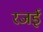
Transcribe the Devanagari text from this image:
रजई